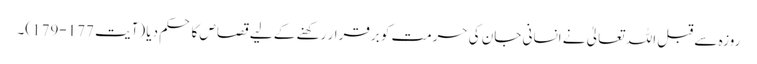
روزہ سے قبل اللہ تعالیٰ نے انسانی جان کی حرمت کو برقرار رکھنے کے لیے قصاص کا حکم دیا (آیت 177-179)۔